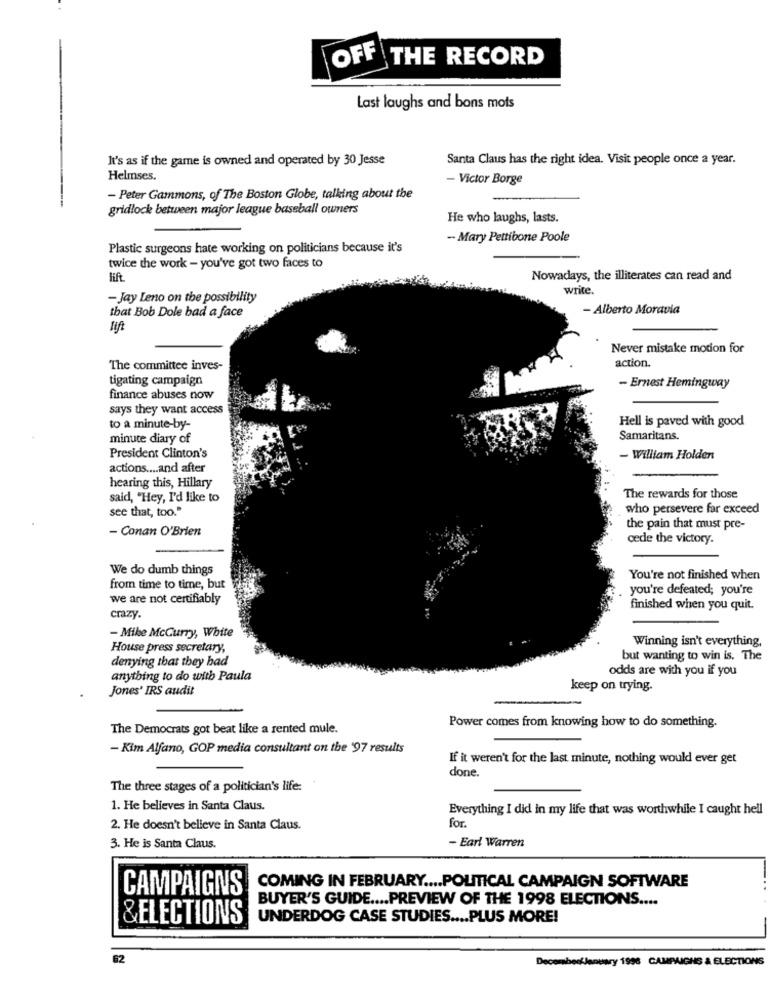
OFF THE RECORD
Last laughs and bons mots
It's as if the game is owned and operated by 30 Jesse
Santa Claus has the right idea. Visit people once a year.
Helmses.
- Victor Borge
- Peter Gammons, of The Boston Globe, talking about the
gridlock between major league baseball owners
He who laughs, lasts.
- Mary Pettibone Poole
Plastic surgeons hate working on politicians because it's
twice the work - you've got two faces to
lift
Nowadays, the illiterates can read and
write.
- Jay Leno on the possibility
- Alberto Moravia
that Bob Dole bad a face
lift
Never mistake motion for
action.
The committee inves-
tigating campaign
- Ernest Hemingway
finance abuses now
says they want access
Hell is paved with good
to a minute-by-
minute diary of
Samaritans.
President Clinton's
- William Holden
actions .... and after
hearing this, Hillary
said, "Hey, I'd like to
The rewards for those
see that, too."
who persevere far exceed
- Conan O'Brien
the pain that must pre-
cede the victory.
We do dumb things
You're not finished when
from time to time, but
you're defeated; you're
we are not certifiably
finished when you quit.
crazy
- Mike McCurry, White
Winning isn't everything,
House press secretary,
denying that they had
but wanting to win is. The
odds are with you if you
anything to do with Paula
Jones' IRS audit
keep on trying.
The Democrats got beat like a rented mule.
Power comes from knowing how to do something.
- Kim Alfano, GOP media consultant on the '97 results
If it weren't for the last minute, nothing would ever get
done.
The three stages of a politician's life:
1. He believes in Santa Claus.
Everything I did in my life that was worthwhile I caught hell
2. He doesn't believe in Santa Claus.
for
- Earl Warren
3. He is Santa Claus.
CAMPAIGNS
COMING IN FEBRUARY .... POLITICAL CAMPAIGN SOFTWARE
BUYER'S GUIDE .... PREVIEW OF THE 1998 ELECTIONS ....
&ELECTIONS
UNDERDOG CASE STUDIES .... PLUS MORE!
62
DecombeofJanuary 1998 CAMPAIGNS & ELECTIONS